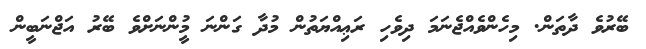
ބޭރުވެ ދާތަން. މިހެންވެއްޖެނަމަ ދިވެހި ރަޢިއްޔަތުން މުދާ ގަންނަ މީުންނަށްވެ ބޭރު އަޖްނަބީން